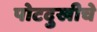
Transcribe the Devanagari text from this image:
पोटदुखीचे